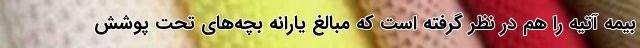
بیمه آتیه را هم در نظر گرفته است که مبالغ یارانه بچه‌های تحت پوشش